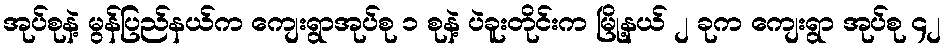
အုပ်စုနဲ့ မွန်ပြည်နယ်က ကျေးရွာအုပ်စု ၁ စုနဲ့ ပဲခူးတိုင်းက မြို့နယ် ၂ ခုက ကျေးရွာ အုပ်စု ၄၂